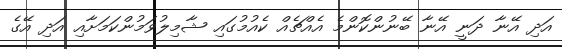
އަދި އޭނާ ދަނީ އޭނާ ބޭނުންކޮންމެ އެއްޗެއް ކެއުމުގައި ޝާމިލުވަމުންކަމަށާއި އަދި އޭގެ